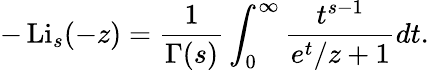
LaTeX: -\operatorname{Li}_{s}(-z)={\frac{1}{\Gamma(s)}}\int_{0}^{\infty}{\frac{t^{s-1}}{e^{t}/z+1}}dt.